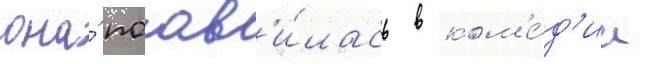
она́ поав'и́лась в ком'е́д'ии